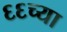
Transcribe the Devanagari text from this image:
६६च्या